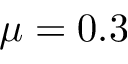
\mu = 0 . 3